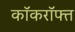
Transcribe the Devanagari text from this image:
कॉकरॉफ्त